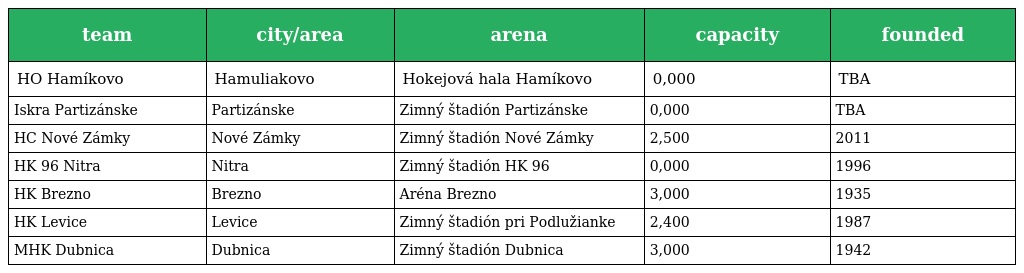
| team | city/area | arena | capacity | founded |
 | --- | --- | --- | --- | --- |
 | HO Hamíkovo | Hamuliakovo | Hokejová hala Hamíkovo | 0,000 | TBA |
 | Iskra Partizánske | Partizánske | Zimný štadión Partizánske | 0,000 | TBA |
 | HC Nové Zámky | Nové Zámky | Zimný štadión Nové Zámky | 2,500 | 2011 |
 | HK 96 Nitra | Nitra | Zimný štadión HK 96 | 0,000 | 1996 |
 | HK Brezno | Brezno | Aréna Brezno | 3,000 | 1935 |
 | HK Levice | Levice | Zimný štadión pri Podlužianke | 2,400 | 1987 |
 | MHK Dubnica | Dubnica | Zimný štadión Dubnica | 3,000 | 1942 |